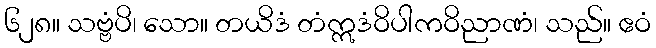
၆၂၈။ သဗ္ဗံပိ၊ သော။ တယိဒံ တံဣဒံဝိပါကဝိညာဏံ၊ သည်။ ဧဝံ